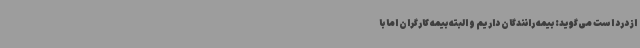
از درد است می‌گوید: بیمه رانندگان داریم و البته بیمه کارگران اما با